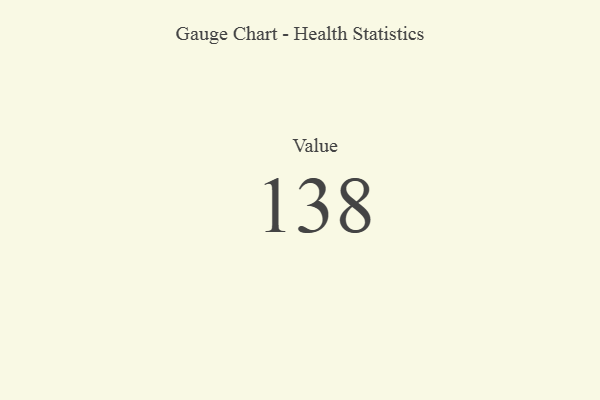
{"axis": {"x": "Metric", "y": "Value"}, "legend": [""], "data": [{"x": "Value", "y": 138, "type": ""}]}